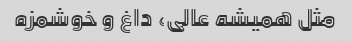
مثل همیشه عالی، داغ و خوشمزه